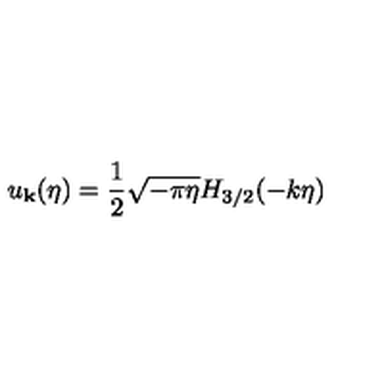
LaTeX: u _ { \bf k } ( \eta ) = \frac { 1 } { 2 } \sqrt { - \pi \eta } H _ { 3 / 2 } ( - k \eta )